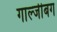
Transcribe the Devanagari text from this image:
गाल्जीबग